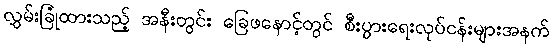
လွှမ်းခြုံထားသည့် အနီးတွင်း ခြေဖနောင့်တွင် စီးပွားရေးလုပ်ငန်းများအနက်